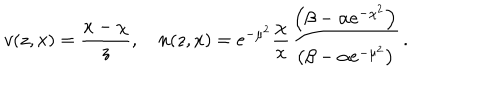
v ( z , x ) = \frac { x - \chi } { z } , \quad n ( z , x ) = e ^ { - \mu ^ { 2 } } \frac { \chi } { x } \frac { \left( \beta - \alpha e ^ { - \chi ^ { 2 } } \right) } { \left( \beta - \alpha e ^ { - \mu ^ { 2 } } \right) } \, .